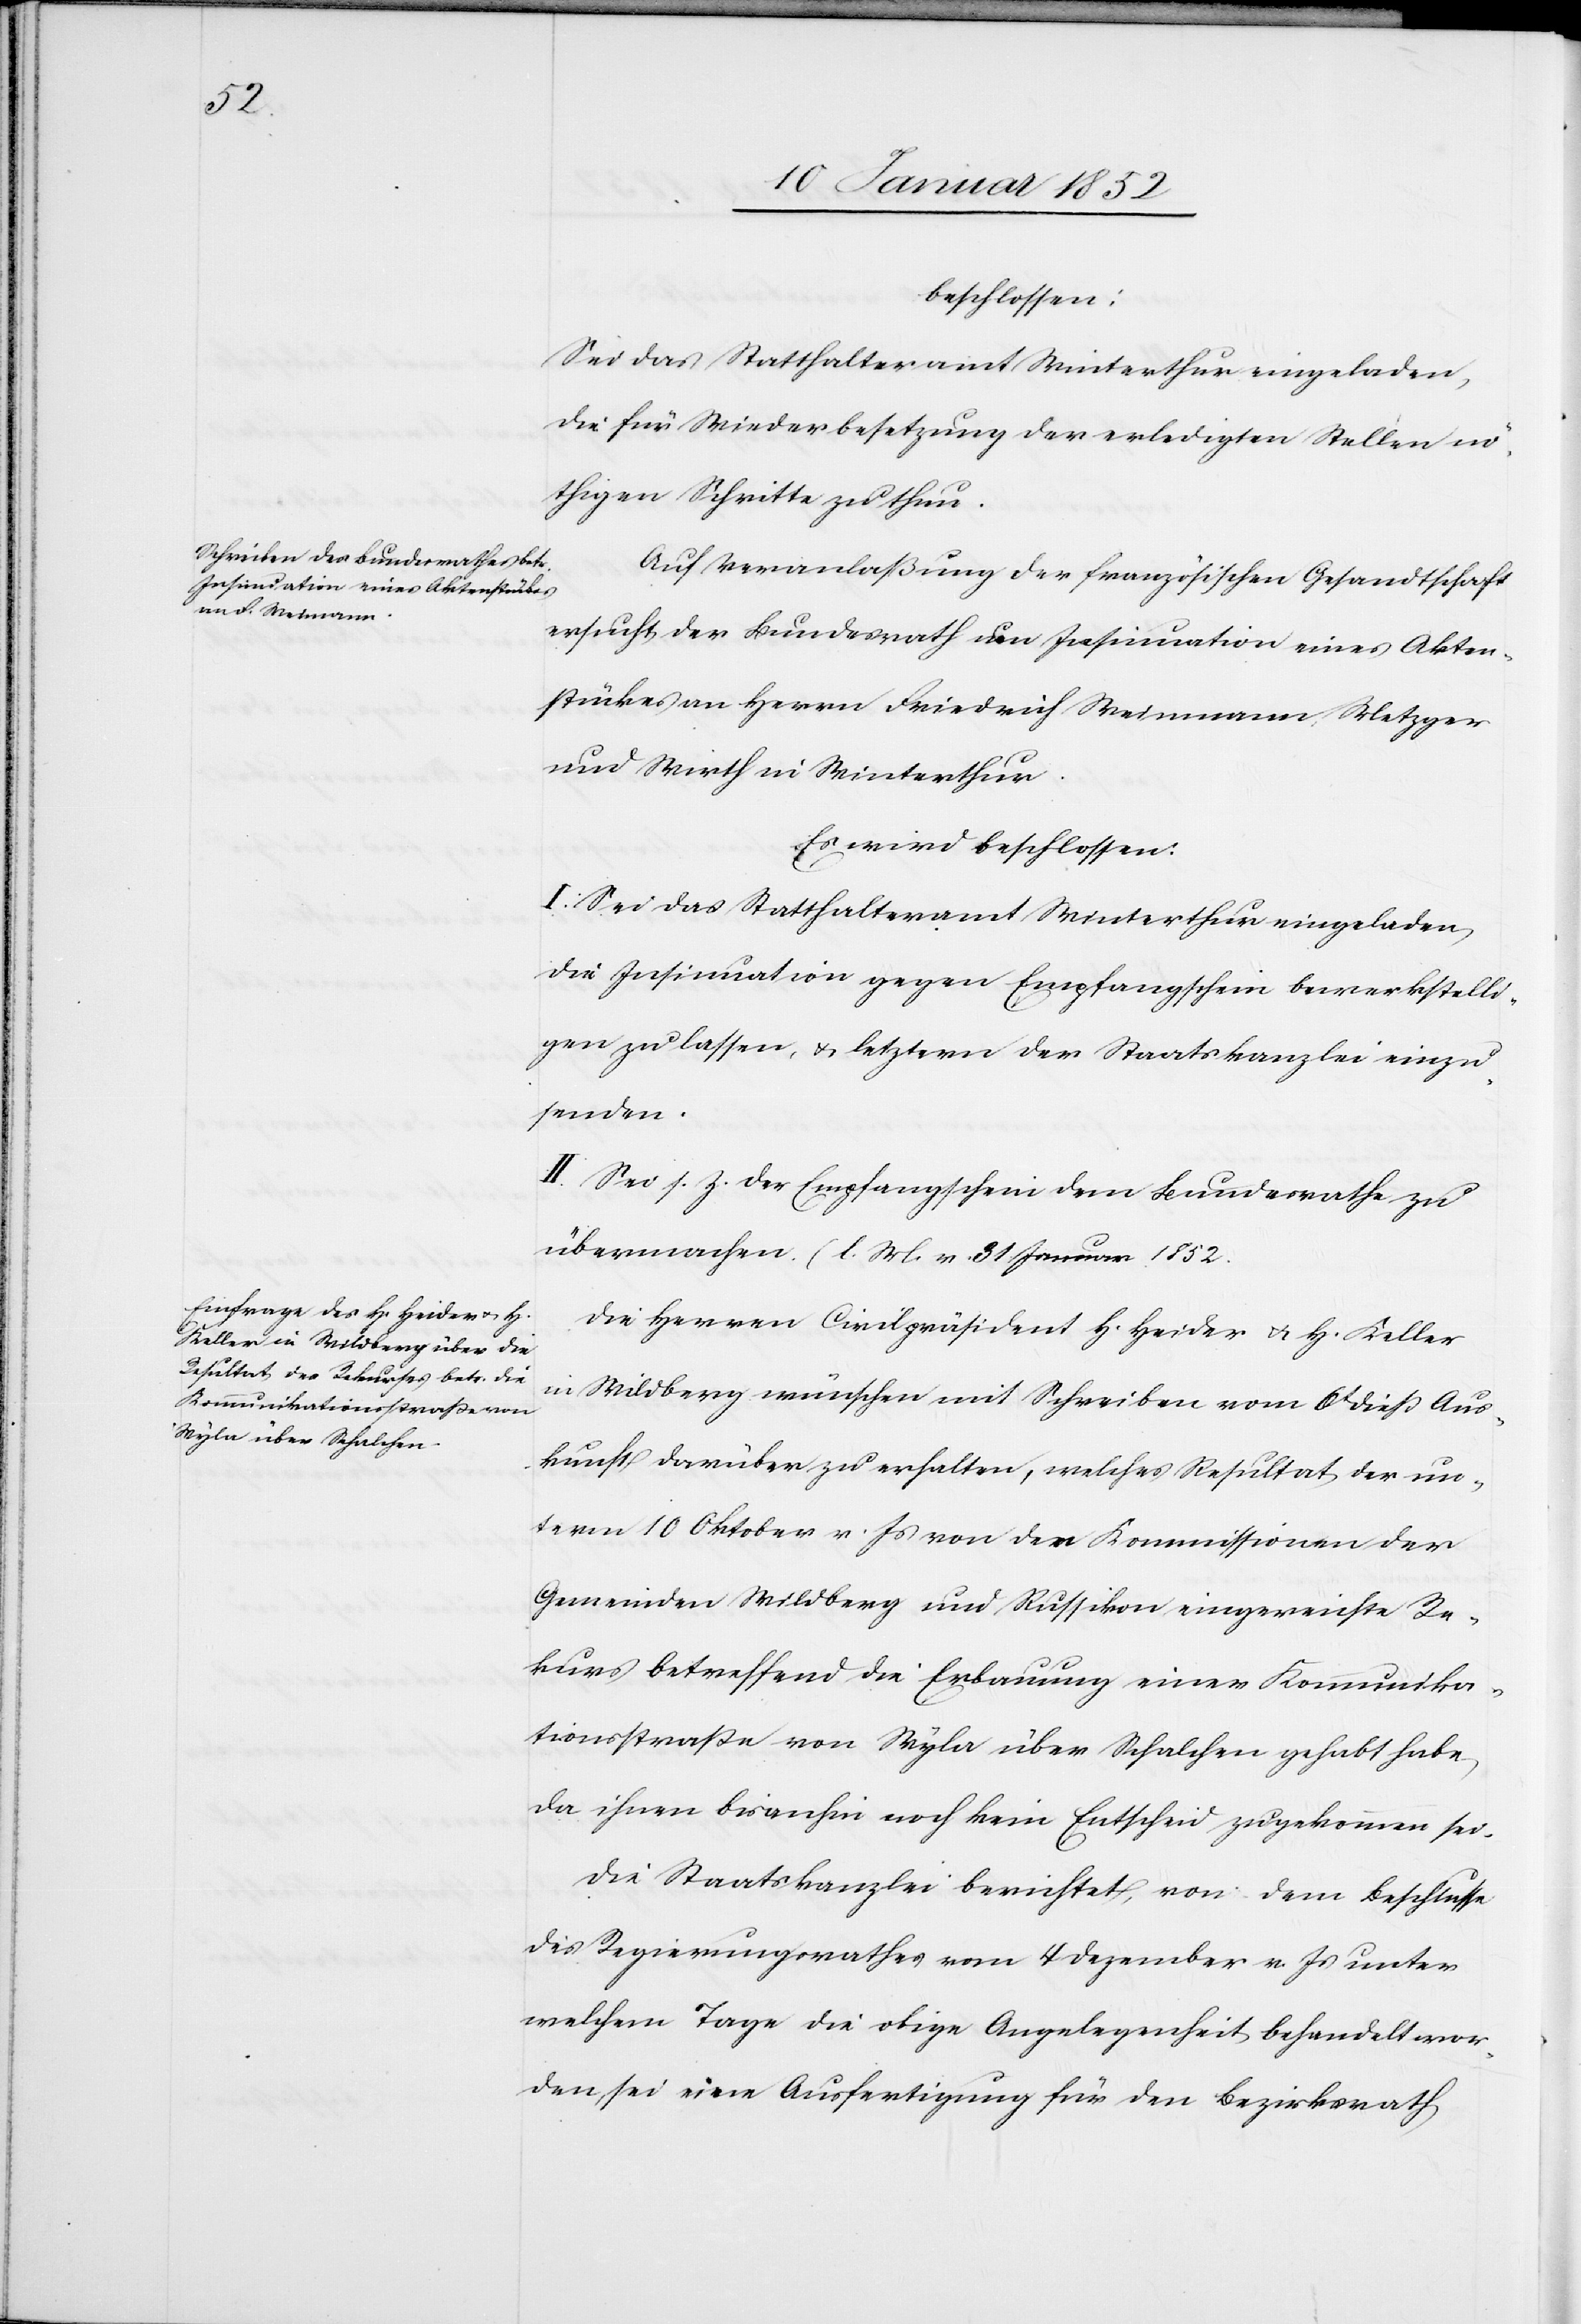
beschlossen:
Sei das Statthalteramt Winterthur eingeladen,
die für Wiederbesetzung der erledigten Stellen nö¬
thigen Schritte zu thun.
Auf Veranlaßung der französischen Gesandtschaft
ersucht der Bundesrath um Insinuation eines Akten¬
stükes an Herrn Friedrich Weinmann Metzger
und Wirth in Winterthur.
Es wird beschlossen:
I. Sei das Statthalteramt Winterthur eingeladen
die Insinuation gegen Empfangschein bewerkstelli¬
gen zu lassen, u. letztern der Staatskanzlei einzu¬
senden.
II. Sei s. z. der Empfangschein dem Bundesrathe zu
übermachen. (l. m. v. 31 Januar 1852.[)]
Die Herren Civilpräsident H. Heider und H. Keller
in Wildberg wünschen mit Schreiben vom 6t dieß Aus¬
kunft darüber zu erhalten, welches Resultat der un¬
term 10 Oktober v. Js von den Kommissionen der
Gemeinden Wildberg und Russikon eingereichte Re¬
kurs betreffend die Erbauung einer Kommunika¬
tionsstraße von Wyla über Schalchen gehabt habe,
da ihnen bisanhin noch kein Entscheid zugekommen sei.
Die Staatskanzlei berichtet, von dem Beschlusse
des Regierungsrathes vom 4 Dezember v. Js unter
welchem Tage die obige Angelegenheit behandelt wor¬
den sei eine Ausfertigung für den Bezirksrath